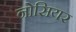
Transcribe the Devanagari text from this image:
नोसियर